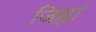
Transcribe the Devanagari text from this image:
जिह्वां